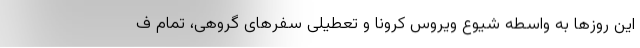
این روزها به واسطه شیوع ویروس کرونا و تعطیلی سفرهای گروهی، تمام ف